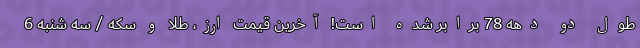
طول دو دهه 78 برابر شده است! آخرین قیمت ارز، طلا و سکه / سه شنبه 6